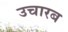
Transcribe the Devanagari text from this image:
उचारब